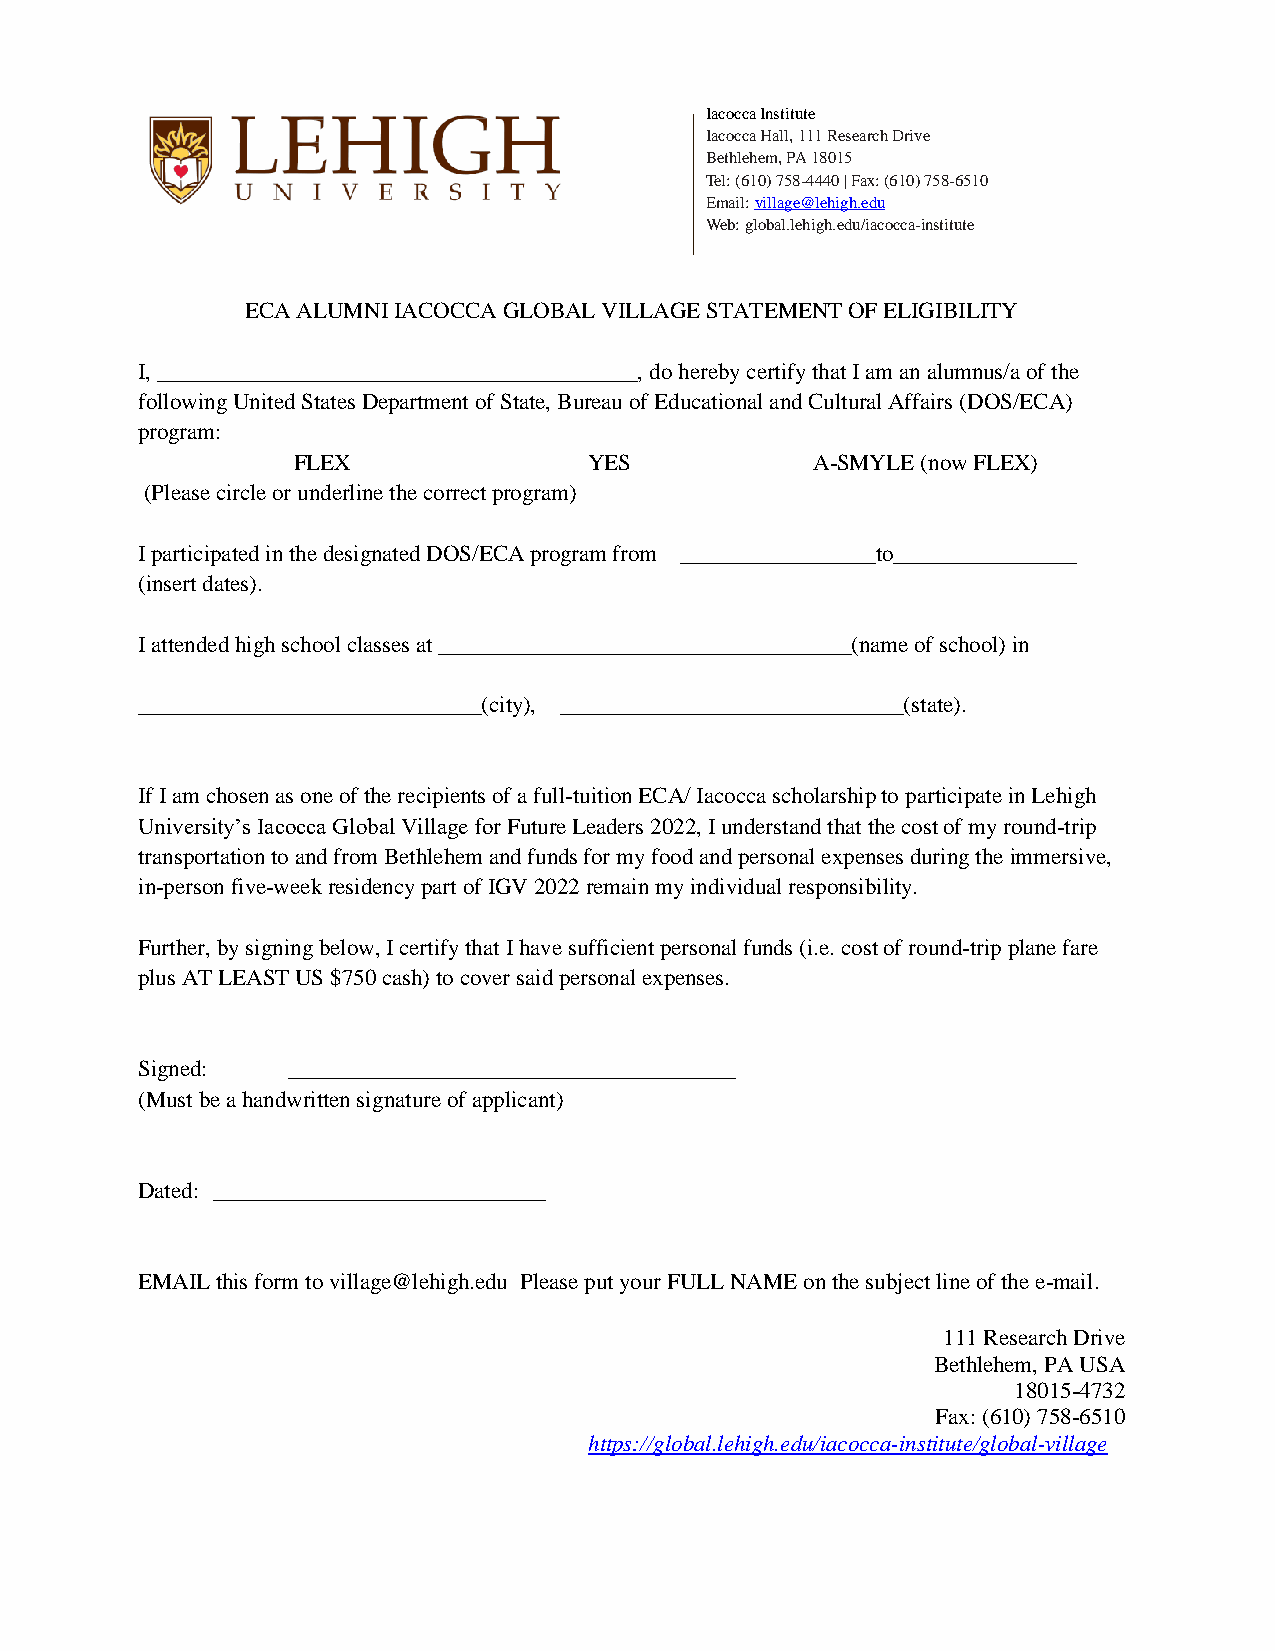
Iacocca Institute
 Iacocca Hall, 111 Research Drive
 Bethlehem, PA 18015
 Tel: (610) 758-4440 | Fax: (610) 758-6510
 Email: village@lehigh.edu
 Web: global.lehigh.edu/iacocca-institute
 ECA ALUMNI IACOCCA GLOBAL VILLAGE STATEMENT OF ELIGIBILITY
 I, __________________________________________, do hereby certify that I am an alumnus/a of the
 following United States Department of State, Bureau of Educational and Cultural Affairs (DOS/ECA)
 program:
 FLEX                YES            A-SMYLE (now FLEX)
 (Please circle or underline the correct program)
 I participated in the designated DOS/ECA program from _________________to________________
 (insert dates).
 I attended high school classes at ____________________________________(name of school) in
 ______________________________(city), ______________________________(state).
 If I am chosen as one of the recipients of a full-tuition ECA/ Iacocca scholarship to participate in Lehigh
 University’s Iacocca Global Village for Future Leaders 2022, I understand that the cost of my round-trip
 transportation to and from Bethlehem and funds for my food and personal expenses during the immersive,
 in-person five-week residency part of IGV 2022 remain my individual responsibility.
 Further, by signing below, I certify that I have sufficient personal funds (i.e. cost of round-trip plane fare
 plus AT LEAST US $750 cash) to cover said personal expenses.
 Signed:   _______________________________________
 (Must be a handwritten signature of applicant)
 Dated: _____________________________
 EMAIL this form to village@lehigh.edu Please put your FULL NAME on the subject line of the e-mail.
 111 Research Drive
 Bethlehem, PA USA
 18015-4732
 Fax: (610) 758-6510
 https://global.lehigh.edu/iacocca-institute/global-village